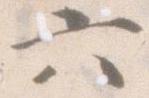
六